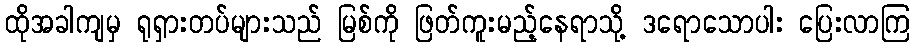
ထိုအခါကျမှ ရုရှားတပ်များသည် မြစ်ကို ဖြတ်ကူးမည့်နေရာသို့ ဒရောသောပါး ပြေးလာကြ